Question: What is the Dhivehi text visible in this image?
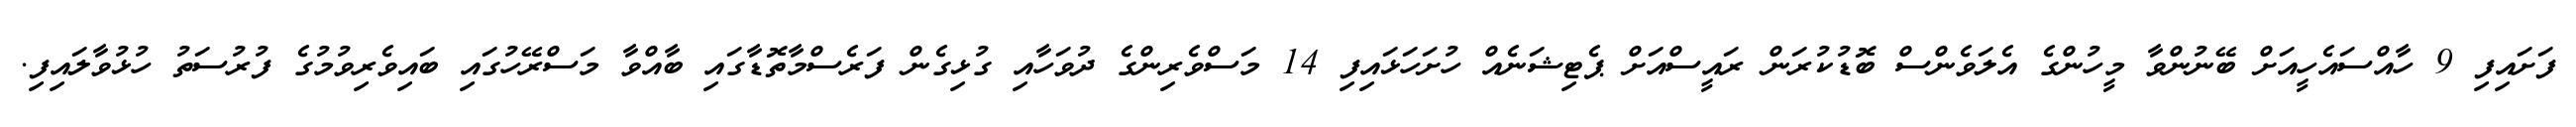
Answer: ފަށައިފި 9 ހާއްސައެހީއަށް ބޭނުންވާ މީހުންގެ އެލަވެންސް ބޮޑުކުރަން ރައީސްއަށް ޕެޓިޝަނެއް ހުށަހަޅައިފި 14 މަސްވެރިންގެ ދުވަހާއި ގުޅިގެން ފަރެސްމާތޮޑާގައި ބާއްވާ މަސްރޭހުގައި ބައިވެރިވުމުގެ ފުރުސަތު ހުޅުވާލައިފި.